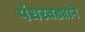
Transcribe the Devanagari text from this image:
पंधरवड्याने